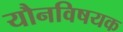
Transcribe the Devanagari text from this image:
यौनविषयक